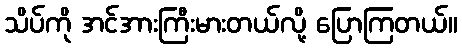
သိပ်ကို အင်အားကြီးမားတယ်လို့ ပြောကြတယ်။